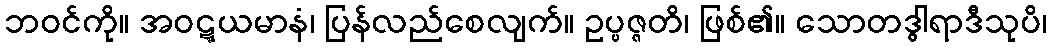
ဘဝင်ကို။ အဝဋ္ဋယမာနံ၊ ပြန်လည်စေလျက်။ ဥပ္ပဇ္ဇတိ၊ ဖြစ်၏။ သောတဒွါရာဒီသုပိ၊